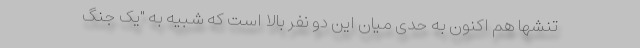
تنشها هم اکنون به حدی میان این دو نفر بالا است که شبیه به "یک جنگ